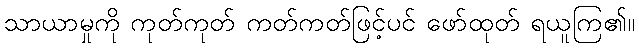
သာယာမှုကို ကုတ်ကုတ် ကတ်ကတ်ဖြင့်ပင် ဖော်ထုတ် ရယူကြ၏။